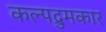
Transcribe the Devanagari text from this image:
कल्पद्रुमकार